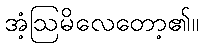
အံ့ဩမိလေတော့၏။